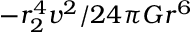
- r _ { 2 } ^ { 4 } v ^ { 2 } / 2 4 \pi G r ^ { 6 }